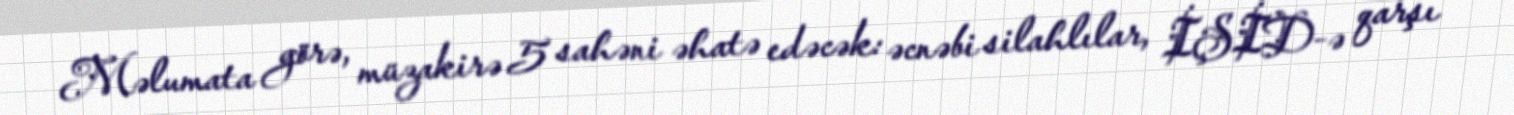
Məlumata görə, müzakirə 5 sahəni əhatə edəcək: əcnəbi silahlılar, İŞİD-ə qarşı